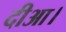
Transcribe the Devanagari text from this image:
दीआ।